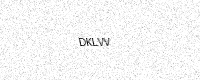
Text: DKLVV